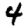
Digit: 4